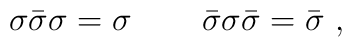
\sigma \bar\sigma \sigma=\sigma\,\qquad \bar\sigma \sigma \bar\sigma = \bar\sigma\,\,,